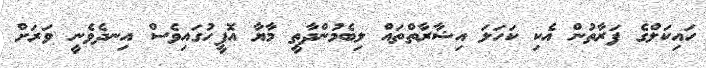
ހައިކަލްގެ ފަރާތުން އެކި ކަހަލަ އިޝާރާތްތައް ލިބެމުންދާތީ މާޔާ އޮފީހުގައިވެސް އިނދެވެނީ ވަރަށް